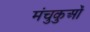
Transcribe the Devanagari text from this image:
मंचुकुओं